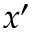
x ^ { \prime }